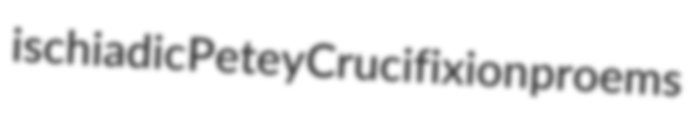
ischiadic Petey Crucifixion proems